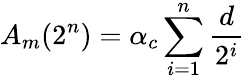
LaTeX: A_{m}(2^{n})=\alpha_{c}\sum_{i=1}^{n}\frac{d}{2^{i}}